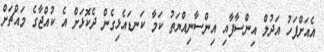
އެއަށްފަހު އަދުލް އިންސާފާއި އިންސާނިއްޔަތު ކަމާ ކަނޑައެޅިގެން ދެކޮޅަށް އެ ކުއްޖާގެ މައްޗަށް